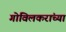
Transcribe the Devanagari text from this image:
गोविलकरांच्या